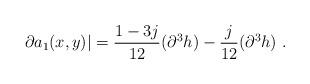
LaTeX: \begin{align*}\left.\partial a_1(x,y)\right|=\frac{1-3j}{12}(\partial^3h)-\frac{j}{12}(\partial ^3h)\ .\end{align*}